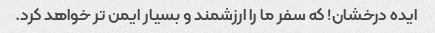
ایده درخشان! که سفر ما را ارزشمند و بسیار ایمن تر خواهد کرد.